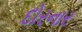
દોરનાર